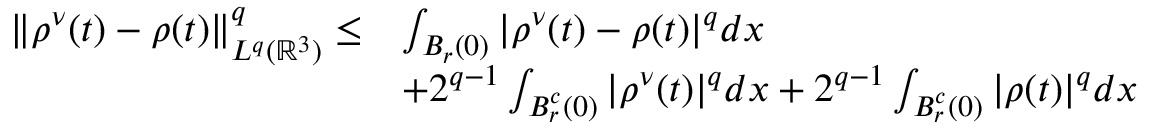
\begin{array} { r l } { \| \rho ^ { \nu } ( t ) - \rho ( t ) \| _ { L ^ { q } ( \mathbb { R } ^ { 3 } ) } ^ { q } \leq } & { \int _ { B _ { r } ( 0 ) } | \rho ^ { \nu } ( t ) - \rho ( t ) | ^ { q } d x } \\ & { + 2 ^ { q - 1 } \int _ { B _ { r } ^ { c } ( 0 ) } | \rho ^ { \nu } ( t ) | ^ { q } d x + 2 ^ { q - 1 } \int _ { B _ { r } ^ { c } ( 0 ) } | \rho ( t ) | ^ { q } d x } \end{array}